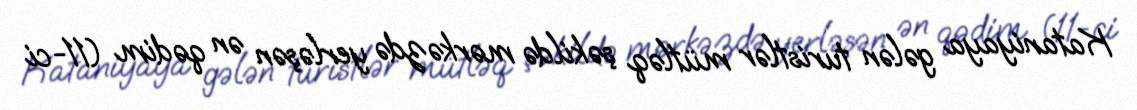
Kataniyaya gələn turistlər mütləq şəkildə mərkəzdə yerləşən ən qədim (11-ci